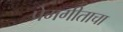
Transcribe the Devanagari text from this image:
प्रेमगीताचा